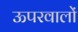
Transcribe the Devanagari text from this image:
ऊपरवालों